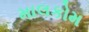
માલકોમ